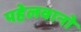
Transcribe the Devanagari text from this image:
पहेलवानो